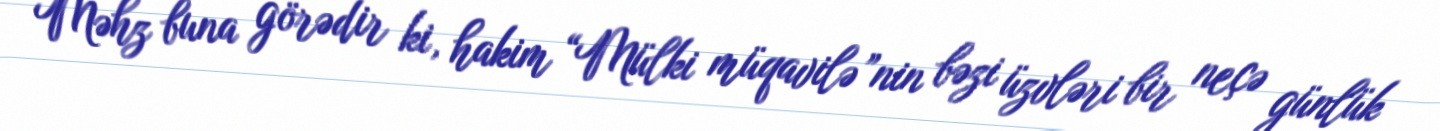
Məhz buna görədir ki, hakim “Mülki müqavilə”nin bəzi üzvləri bir neçə günlük